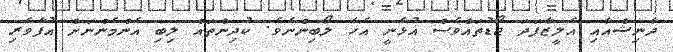
ދާނިޝްއާއި އެލީޒާފަދަ ޖޯޑުތައްވެސް އުޅެނީ އެހާ ލޯބިންނެވެ. ކުދިންތައް ލިބި އެންމެންނަށް އުފާވެރި